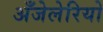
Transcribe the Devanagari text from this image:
अँजेलेरियो